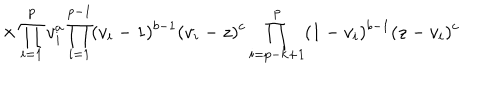
\hspace { 1 5 m m } \times \prod _ { i = 1 } ^ { p } v _ { i } ^ { a } \prod _ { i = 1 } ^ { p - 1 } ( v _ { i } - 1 ) ^ { b - 1 } ( v _ { i } - z ) ^ { c } \prod _ { i = p - k + 1 } ^ { p } ( 1 - v _ { i } ) ^ { b - 1 } ( z - v _ { i } ) ^ { c }